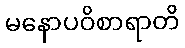
မနောပဝိစာရာတိ